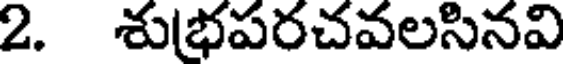
2. శుభపరచవలసినవి